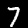
Digit: 7